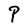
Character: P